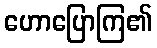
ဟောပြောကြ၏